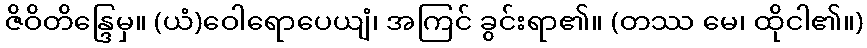
ဇိဝိတိန္ဒြေမှ။ (ယံ)ဝေါရောပေယျံ၊ အကြင် ခွင်းရာ၏။ (တဿ မေ၊ ထိုငါ၏။)